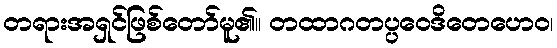
တရားအရှင်ဖြစ်တော်မူ၏။ တထာဂတပ္ပဝေဒိတေဟေဝ၊